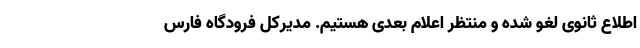
اطلاع ثانوی لغو شده و منتظر اعلام بعدی هستیم. مدیرکل فرودگاه فارس